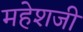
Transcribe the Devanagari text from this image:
महेशजी